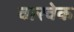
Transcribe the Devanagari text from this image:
वारवेक